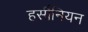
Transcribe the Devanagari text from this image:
हर्सीनियन